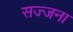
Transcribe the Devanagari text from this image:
सज्जना